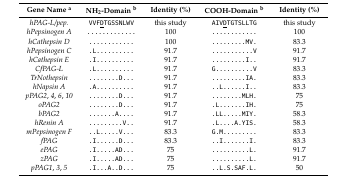
<table><thead><tr><td><b>Gene Name <sup>a</sup></b></td><td><b>NH<sub>2</sub>-Domain <sup>b</sup></b></td><td><b>Identity (%)</b></td><td><b>COOH-Domain <sup>b</sup></b></td><td><b>Identity (%)</b></td></tr></thead><tbody><tr><td><i>hPAG-L/pep.</i></td><td>VVF<underline>D</underline>TGSSNLWV</td><td>this study</td><td>AIV<underline>D</underline>TGTSLLTG</td><td>this study</td></tr><tr><td><i>hPepsinogen A</i></td><td>.............</td><td>100</td><td>............</td><td>100</td></tr><tr><td><i>hCathepsin D</i></td><td>............</td><td>100</td><td>.........MV.</td><td>83.3</td></tr><tr><td><i>hPepsinogen C</i></td><td>.L..........</td><td>91.7</td><td>...........V</td><td>91.7</td></tr><tr><td><i>hCathepsin E</i></td><td>.I..........</td><td>91.7</td><td>.........I..</td><td>91.7</td></tr><tr><td><i>CfPAG-L</i></td><td>.L..........</td><td>91.7</td><td>G..........V</td><td>83.3</td></tr><tr><td><i>TrNothepsin</i></td><td>........D...</td><td>91.7</td><td>.........IA.</td><td>83.3</td></tr><tr><td><i>hNapsin A</i></td><td>.A..........</td><td>91.7</td><td>..L......I..</td><td>83.3</td></tr><tr><td><i>pPAG2</i>, <i>4</i>, <i>6</i>, <i>10</i></td><td>........D...</td><td>91.7</td><td>........MLH.</td><td>75</td></tr><tr><td><i>oPAG2</i></td><td>........D...</td><td>91.7</td><td>.L.......IH.</td><td>75</td></tr><tr><td><i>bPAG2</i></td><td>.......A....</td><td>91.7</td><td>.LL.....MIY.</td><td>58.3</td></tr><tr><td><i>hRenin A</i></td><td>.........V..</td><td>91.7</td><td>.L....A.YIS.</td><td>58.3</td></tr><tr><td><i>mPepsinogen F</i></td><td>..L.....V...</td><td>83.3</td><td>G.M.........</td><td>83.3</td></tr><tr><td><i>fPAG</i></td><td>.I......D...</td><td>83.3</td><td>..I.......I.</td><td>83.3</td></tr><tr><td><i>ePAG</i></td><td>.I.....AD...</td><td>75</td><td>..........L.</td><td>91.7</td></tr><tr><td><i>zPAG</i></td><td>.I.....AD...</td><td>75</td><td>..........L.</td><td>91.7</td></tr><tr><td><i>pPAG1</i>, <i>3</i>, <i>5</i></td><td>.I...A..D...</td><td>75</td><td>..L.S.SAF.L.</td><td>50</td></tr></tbody></table>